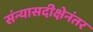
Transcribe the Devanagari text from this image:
संन्यासदीक्षेनंतर